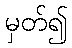
မှတ်၍